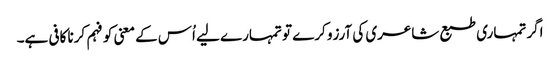
اگر تمہاری طبع شاعری کی آرزو کرے تو تمہارے لیے اُس کے معنی کو فہم کرنا کافی ہے۔